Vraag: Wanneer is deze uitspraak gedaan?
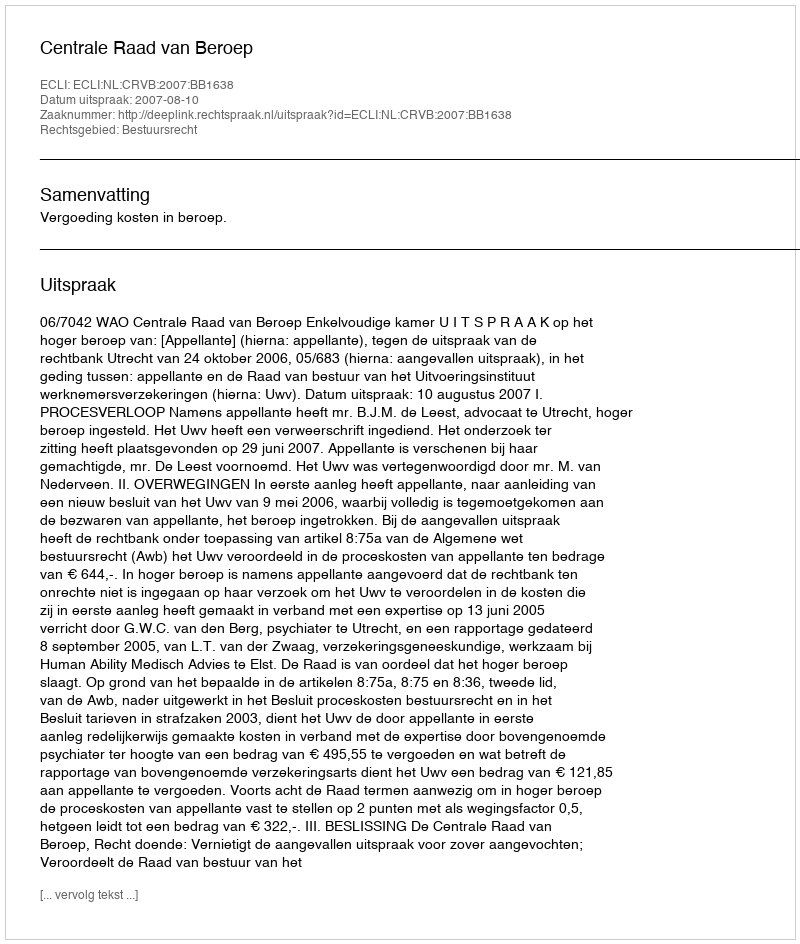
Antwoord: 2007-08-10